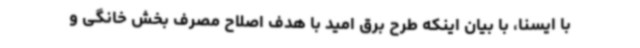
با ایسنا، با بیان اینکه طرح برق امید با هدف اصلاح مصرف بخش خانگی و